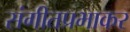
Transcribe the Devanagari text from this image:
संगीतप्रभाकर